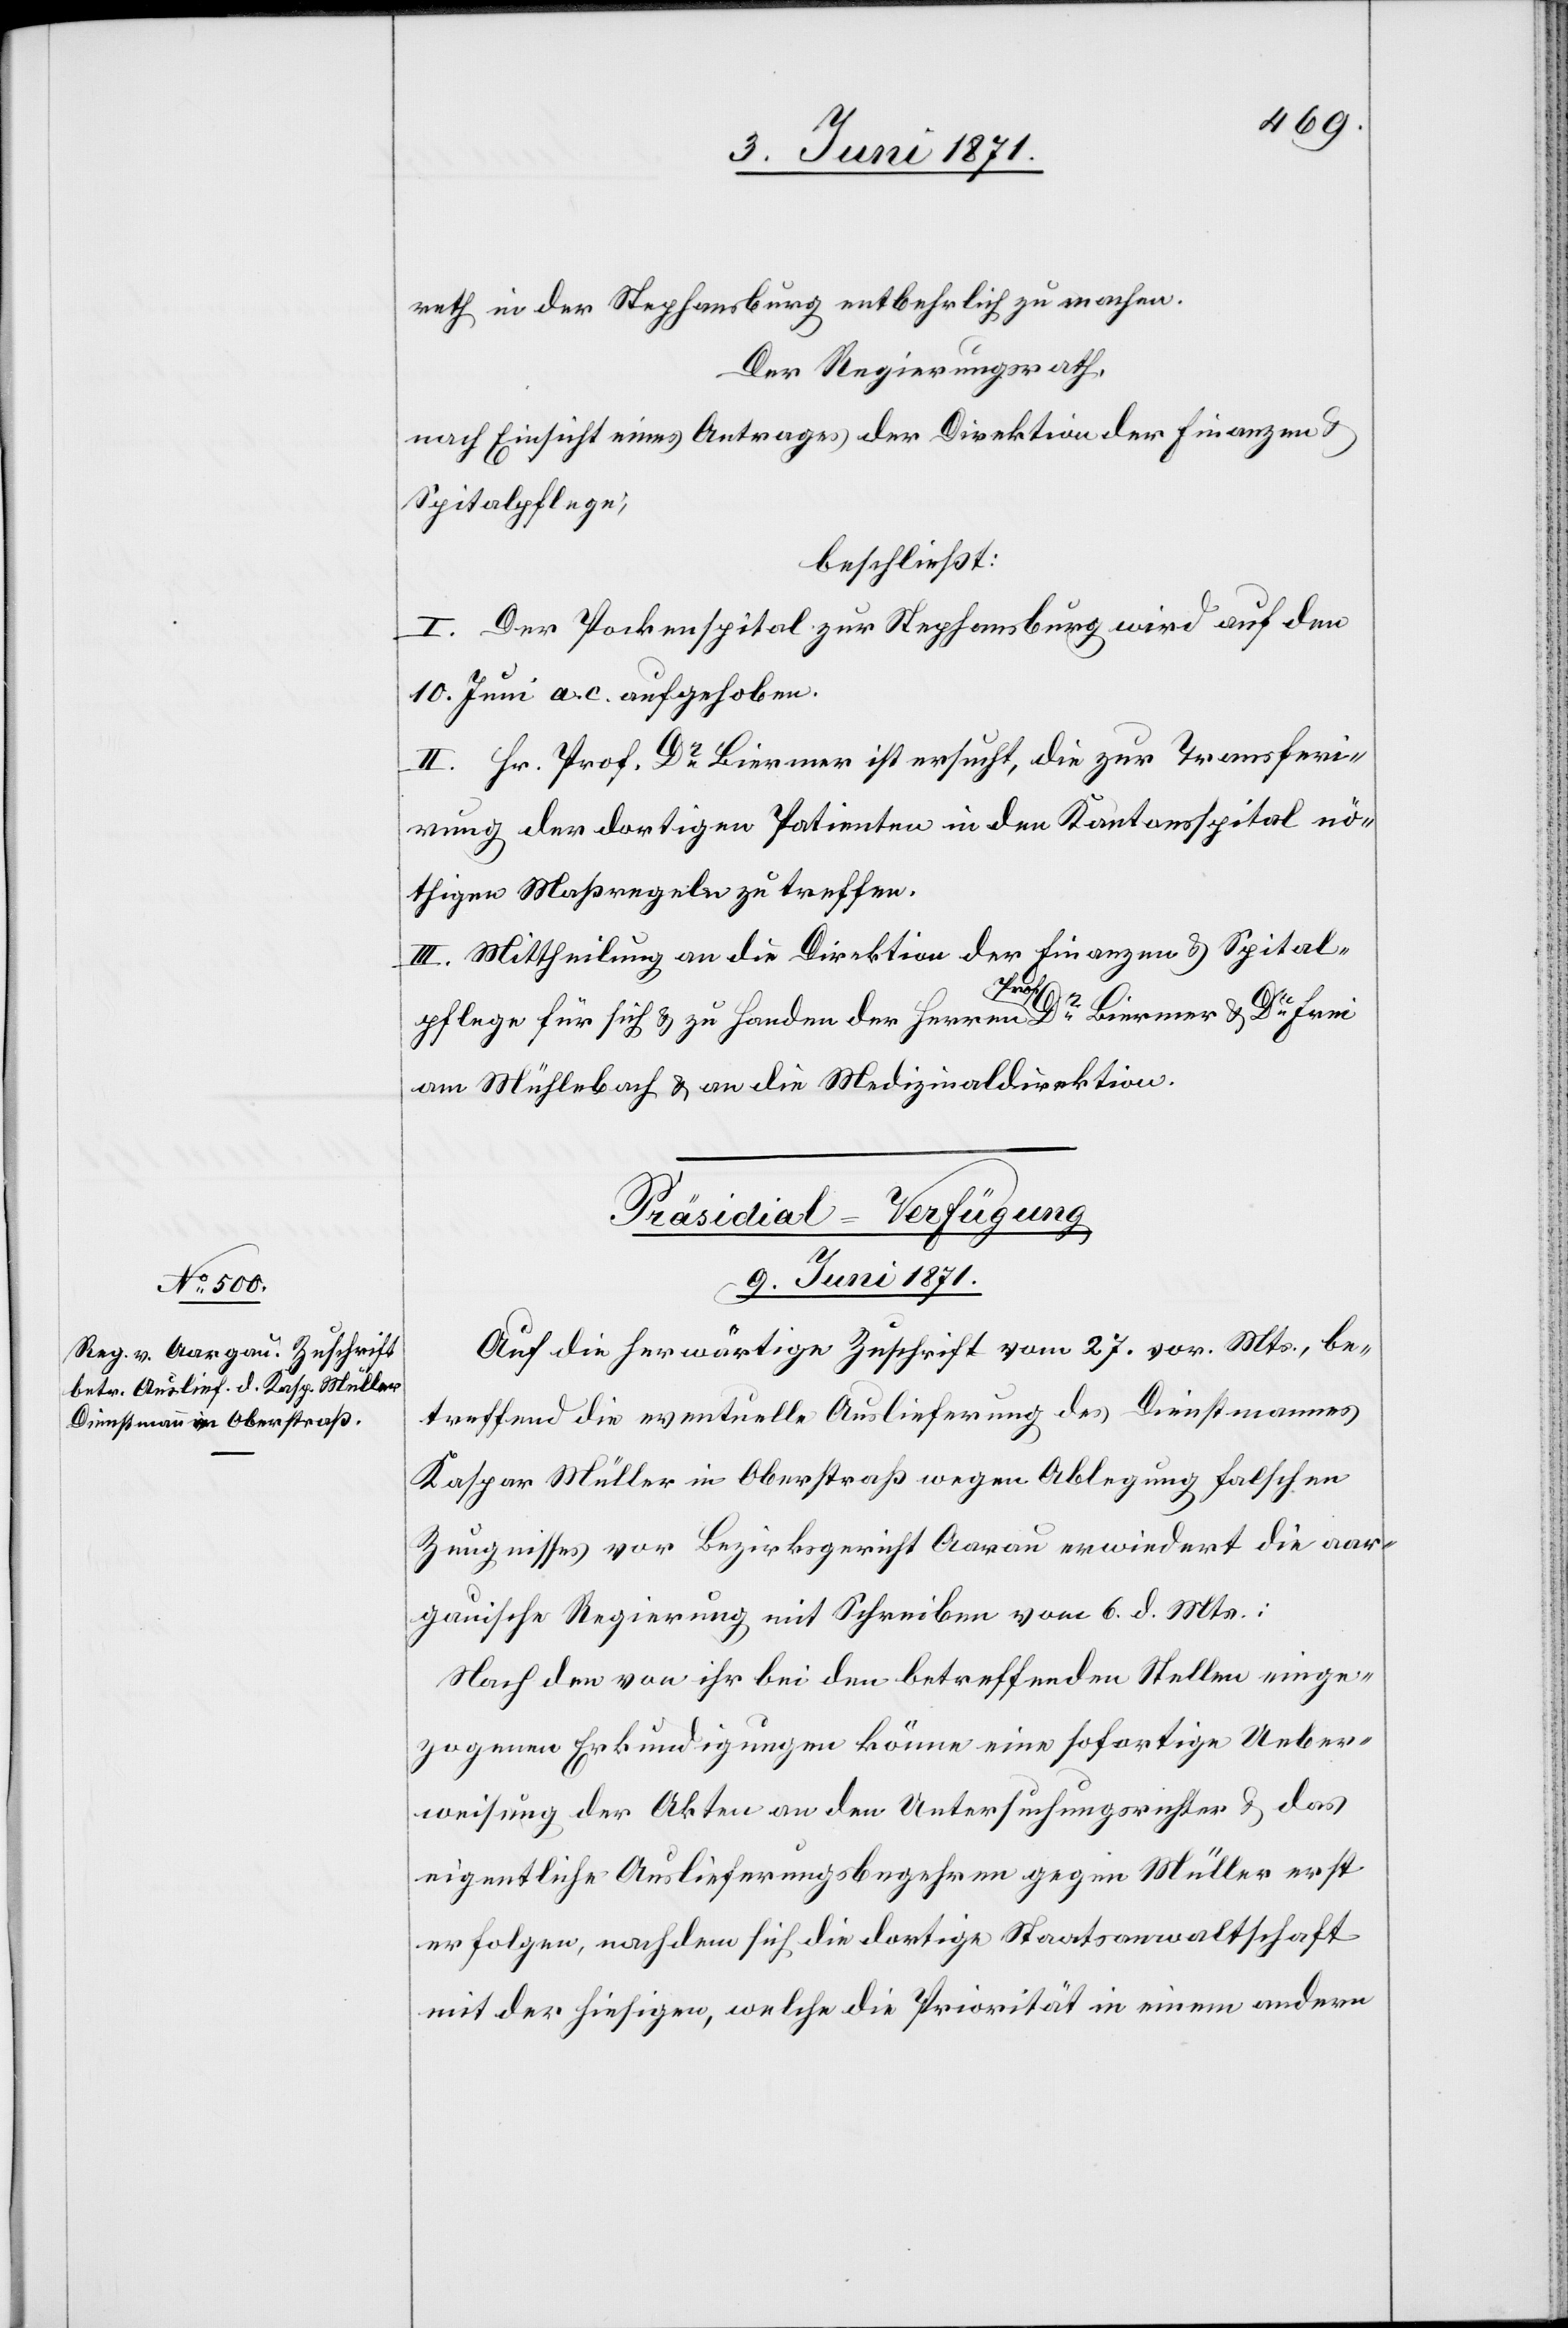
reth in der Stephansburg entbehrlich zu machen.
Der Regierungsrath,
nach Einsicht eines Antrages der Direktion der Finanzen
Spitalpflege,
beschließt:
I. Der Pockenspital zur Stephansburg wird auf den
10. Juni a. c. aufgehoben.
II. Hr. Prof. Dr. Biermer ist ersucht, die zur Transferi¬
rung der dortigen Patienten in den Kantonsspital nö¬
thigen Maßregeln zu treffen.
III. Mittheilung an die Direktion der Finanzen u. Spital¬
pflege für sich u. zu Handen der Herren Prof. Dr. Biermer u. Dr. Frei
am Mühlebach u. an die Medizinaldirektion.
Präsidial-Verfügungen
9. Juni 1871.
Auf die herwärtige Zuschrift vom 27. vor. Mts., be¬
treffend die eventuelle Auslieferung des Dienstmannes
Kaspar Müller in Oberstraß wegen Ablegung falschen
Zeugnisses vor Bezirksgericht Aarau erwiedert die aar¬
gauische Regierung mit Schreiben vom 6. d. Mts.:
Nach den von ihr bei den betreffenden Stellen einge¬
zogenen Erkundigungen könne eine sofortige Ueber¬
weisung der Akten an den Untersuchungsrichter u. das
eigentlich Auslieferungsbegehren gegen Müller erst
erfolgen, nachdem sich die dortige Staatsanwaltschaft
mit der hiesigen, welche die Priorität in einem andern